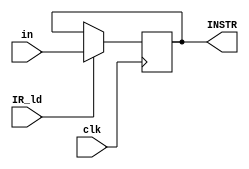
module Instruction_Register(in, IR_ld, clk, INSTR);
input [15:0] in;
input clk, IR_ld;
output reg [15:0] INSTR = 0;
    always @ (posedge clk)
    begin
        if (IR_ld==1) INSTR <= in;
    end
endmodule